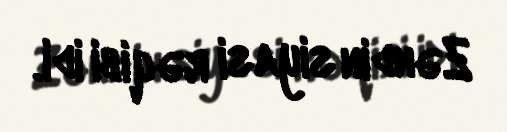
Zəndin siyasi rəqibi idi.